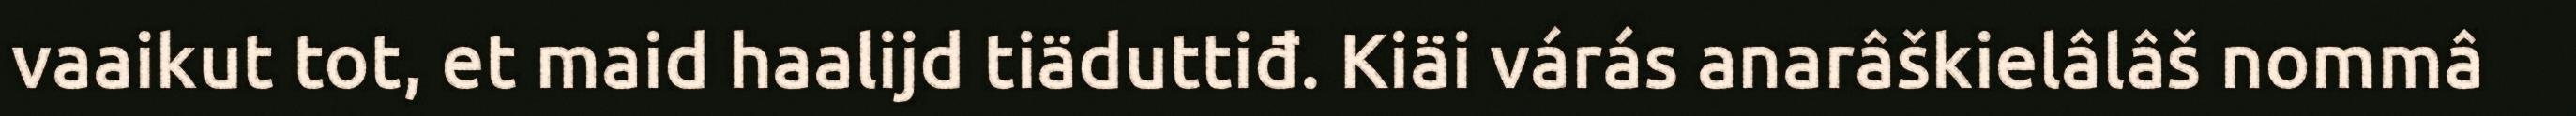
vaaikut tot, et maid haalijd tiäduttiđ. Kiäi várás anarâškielâlâš nommâ